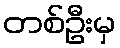
တစ်ဦးမှ